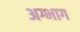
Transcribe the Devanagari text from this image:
अग्भाग